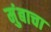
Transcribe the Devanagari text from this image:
मुंबाचा